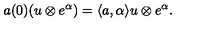
a ( 0 ) ( u \otimes e ^ { \alpha } ) = \langle a , \alpha \rangle u \otimes e ^ { \alpha } .